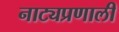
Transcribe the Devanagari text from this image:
नाट्यप्रणाली